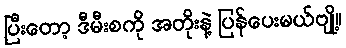
ပြီးတော့ ဒီမီးစကို အတိုးနဲ့ ပြန်ပေးမယ်ဗျို့။